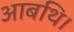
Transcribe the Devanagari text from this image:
आबथि।